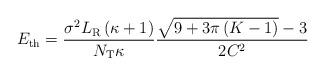
LaTeX: \begin{align*} {E_{{\rm{th}}}} = \frac{{{\sigma ^2}{L_{\rm{R}}}\left( {\kappa + 1} \right)}}{{{N_{\rm{T}}}\kappa }}\frac{{\sqrt {9 + 3\pi \left( {K - 1} \right)} - 3}}{{2{C^2}}} \end{align*}